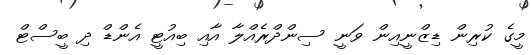
މީގެ ކުރިން ޑިޒްނީއިން ވަނީ ސިންދްރެއްލާ އާއި ބިއުޓީ އެންޑް ދި ބީސްޓް